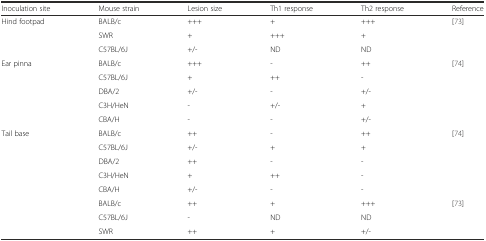
<table><thead><tr><td><b>Inoculation site</b></td><td><b>Mouse strain</b></td><td><b>Lesion size</b></td><td><b>Th1 response</b></td><td><b>Th2 response</b></td><td><b>Reference</b></td></tr></thead><tbody><tr><td rowspan="3">Hind footpad</td><td>BALB/c</td><td>+++</td><td>+</td><td>+++</td><td rowspan="3">[73]</td></tr><tr><td>SWR</td><td>+</td><td>+++</td><td>+</td></tr><tr><td>C57BL/6J</td><td>+/-</td><td>ND</td><td>ND</td></tr><tr><td rowspan="5">Ear pinna</td><td>BALB/c</td><td>+++</td><td>-</td><td>++</td><td rowspan="5">[74]</td></tr><tr><td>C57BL/6J</td><td>+</td><td>++</td><td>-</td></tr><tr><td>DBA/2</td><td>+/-</td><td>-</td><td>+/-</td></tr><tr><td>C3H/HeN</td><td>-</td><td>+/-</td><td>+</td></tr><tr><td>CBA/H</td><td>-</td><td>-</td><td>+/-</td></tr><tr><td rowspan="8">Tail base</td><td>BALB/c</td><td>++</td><td>-</td><td>++</td><td rowspan="5">[74]</td></tr><tr><td>C57BL/6J</td><td>+/-</td><td>+</td><td>+</td></tr><tr><td>DBA/2</td><td>++</td><td>-</td><td>-</td></tr><tr><td>C3H/HeN</td><td>+</td><td>++</td><td>-</td></tr><tr><td>CBA/H</td><td>+/-</td><td>-</td><td>-</td></tr><tr><td>BALB/c</td><td>++</td><td>+</td><td>+++</td><td rowspan="3">[73]</td></tr><tr><td>C57BL/6J</td><td>-</td><td>ND</td><td>ND</td></tr><tr><td>SWR</td><td>++</td><td>+</td><td>+/-</td></tr></tbody></table>